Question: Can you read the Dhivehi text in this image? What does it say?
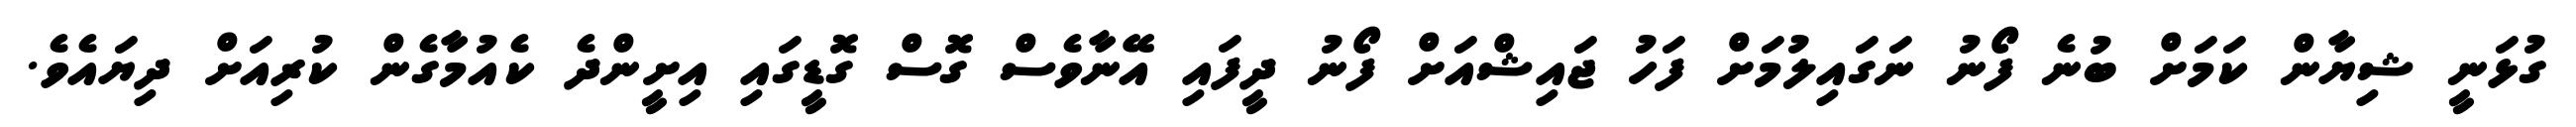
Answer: ގުޅަނީ ޝިޔާން ކަމަށް ބުނެ ފޯނު ނަގައިލުމަށް ފަހު ޖައިޝްއަށް ފޯނު ދީފައި އޭނާވެސް ގޮސް ގޮޑީގައި އިށީންދެ ކެއުމާގެން ކުރިއަށް ދިޔައެވެ.